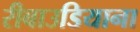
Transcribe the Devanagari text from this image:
रीबाउडियाना